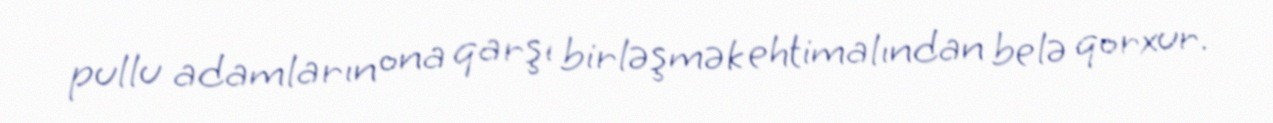
pullu adamların ona qarşı birləşmək ehtimalından belə qorxur.